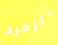
الزمرد